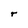
Character: r